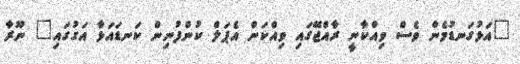
"އަޅުގަނޑުމެން ވެސް ވިއްކާނީ ރާއްޖޭގައި ވިއްކަން އެޕަލް ކުންފުނިން ކަނޑައަޅާ އަގުގައި" ނޫރާ